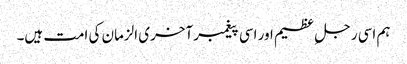
ہم اسی رجل ِ عظیم اور اسی پیغمبر آخری الزمان کی امت ہیں۔